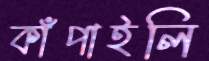
কাঁপাইলি